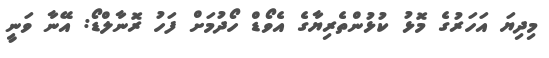
މިދިޔަ އަހަރުގެ މޮޅު ކުޅުންތެރިޔާގެ އެވޯޑް ހޯދުމަށް ފަހު ރޮނާލްޑޯ: އޭނާ ވަނީ